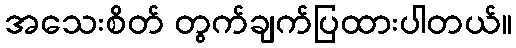
အသေးစိတ် တွက်ချက်ပြထားပါတယ်။